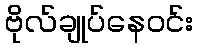
ဗိုလ်ချုပ်နေဝင်း